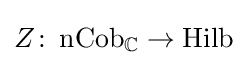
Z\colon \operatorname {nCob} _{\mathbb {C} }\to \operatorname {Hilb}